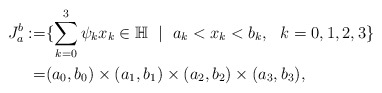
\begin{align*} {J_a^b }:= & \{ \sum_{k=0}^3\psi_k x_k \in \mathbb H \ \mid \ a_k< x_k < b_k, \ \ k=0,1,2,3\} \\ = & (a_0,b_0) \times (a_1,b_1) \times (a_2,b_2) \times (a_3,b_3) ,\end{align*}